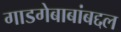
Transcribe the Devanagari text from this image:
गाडगेबाबांबद्दल